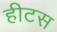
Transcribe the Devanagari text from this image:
हीटस